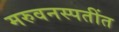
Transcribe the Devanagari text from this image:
मरुवनस्पतींत